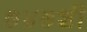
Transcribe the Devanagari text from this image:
७४७शी